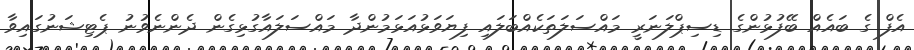
އެފް ގެ ބައެއް ބޭފުޅުންގެ ޑިސިޕްލަނަރީ މައްސަލަތަކެއްބަލައި ފިޔަވަޅުއަޅަމުންދާ މައްސަލައާގުޅިގެން ދެންނެވުނު ޕެޓިޝަނުގައިވާ